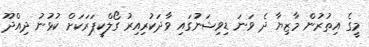
މީގެ އިތުރުން މާޒިޔާ ދެ ވަނަ ޑިވިޝަނުގައި ވާދަކުރިއިރު ގޯލްކީޕަރަކަށް ކުޅުނު ދިއްދޫ